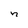
Character: n